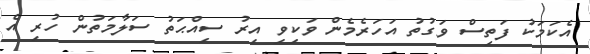
އެކަމަކު ފަތިސް ވަގުތު އަހަރެމެން ވަކިވި އިރު ސިއްޙަތު ސަލާމަތުން ހުރި އެ